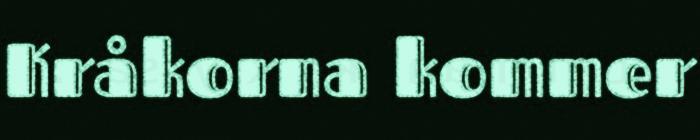
Kråkorna kommer